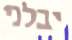
יבלני